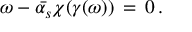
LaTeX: \omega - \bar { \alpha _ { s } } \chi ( \gamma ( \omega ) ) \, = \, 0 \, .